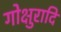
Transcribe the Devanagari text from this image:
गोक्षुरादि